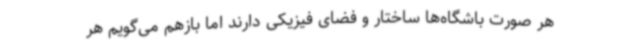
هر صورت باشگاه‌ها ساختار و فضای فیزیکی دارند اما بازهم می‌گویم هر